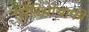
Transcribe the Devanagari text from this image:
सिनिओग्राफी